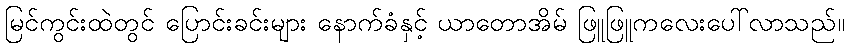
မြင်ကွင်းထဲတွင် ပြောင်းခင်းများ နောက်ခံနှင့် ယာတောအိမ် ဖြူဖြူကလေးပေါ်လာသည်။